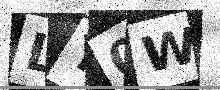
Text: LY0W